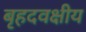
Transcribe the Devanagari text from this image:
बृहदवक्षीय